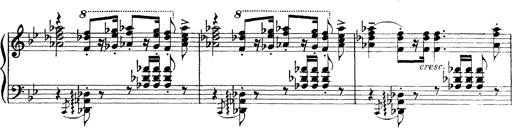
Title: Scherzo und Marsch
Composer: Franz Liszt